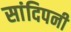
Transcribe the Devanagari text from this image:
सांदिपनी